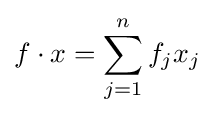
f\cdot x=\sum _{j=1}^{n}{f}_{j}x_{j}